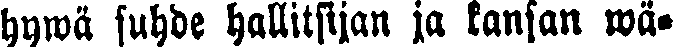
hywä suhde hallitsijan ja kansan wä-